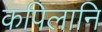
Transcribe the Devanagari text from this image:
कपिलानि